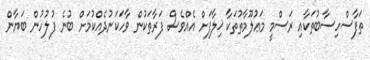
ތަފާސްހިސާބުތަކާއި ރަސްމީ މަޢުލޫމާތުތަކާ ޚިލާފަށް އެއްވެސް ފަރާތަކުން ވާހަކަނުދެއްކުމަށް ބުނެ ފުލުހުން ބަޔާން